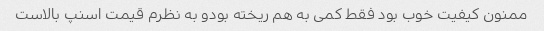
ممنون کیفیت خوب بود فقط کمی به هم ریخته بودو به نظرم قیمت اسنپ بالاست